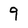
Character: 9